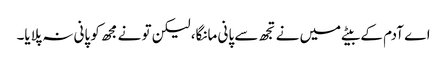
اے آدم کے بیٹے میں نے تجھ سے پانی مانگا، لیکن تو نے مجھ کو پانی نہ پلایا۔